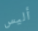
أليس